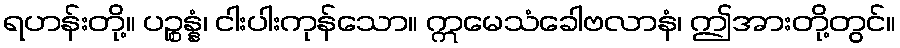
ရဟန်းတို့။ ပဉ္စန္နံ၊ ငါးပါးကုန်သော။ ဣမေသံခေါဗလာနံ၊ ဤအားတို့တွင်။